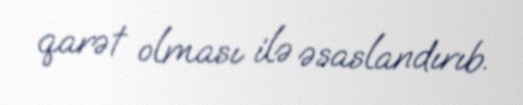
qarət olması ilə əsaslandırıb.